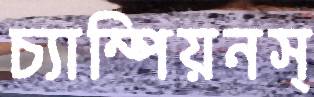
চ্যাম্পিয়নস্